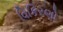
વિકિરણો